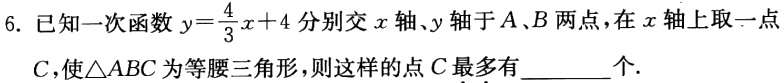
6. 已知一次函数\(y = \frac{4}{3}x + 4\)分别交\(x\)轴、\(y\)轴于\(A、B\)两点，在\(x\)轴上取一点\(C\)，使\(\triangle ABC\)为等腰三角形，则这样的点\(C\)最多有________个.